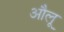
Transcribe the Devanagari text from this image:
औलू